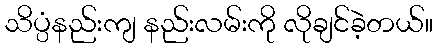
သိပ္ပံနည်းကျ နည်းလမ်းကို လိုချင်ခဲ့တယ်။